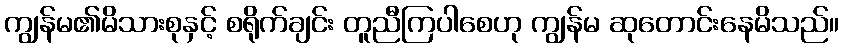
ကျွန်မ၏မိသားစုနှင့် စရိုက်ချင်း တူညီကြပါစေဟု ကျွန်မ ဆုတောင်းနေမိသည်။